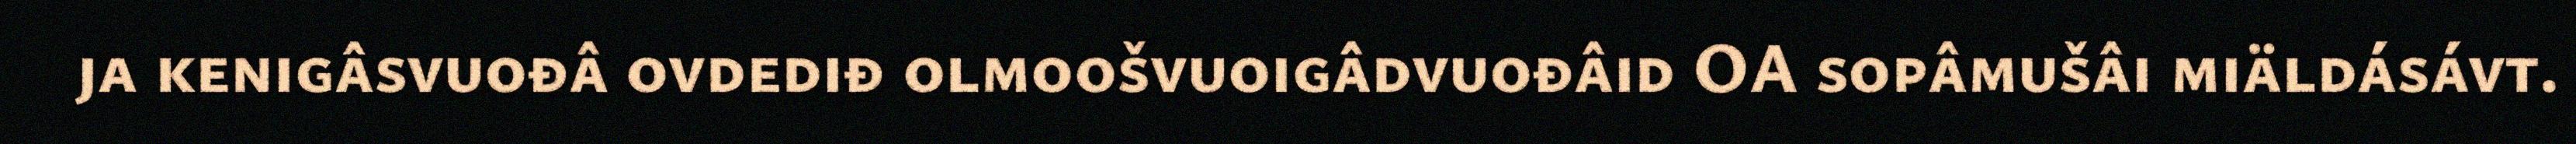
ja kenigâsvuođâ ovdediđ olmoošvuoigâdvuođâid OA sopâmušâi miäldásávt.